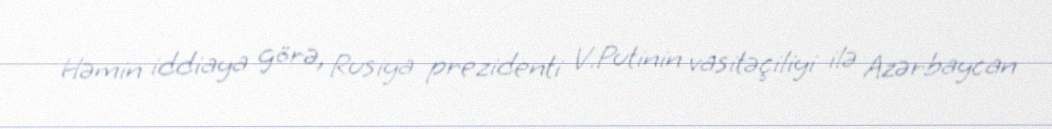
Həmin iddiaya görə, Rusiya prezidenti V.Putinin vasitəçiliyi ilə Azərbaycan